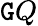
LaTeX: \mathtt{G}Q